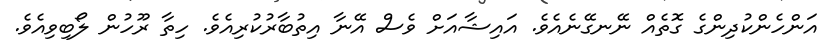
އަންހެންކުދިންގެ ގޮތެއް ނޭނގޭނެއެވެ. އައިޝާއަށް ވެސް އޭނާ އިތުބާރުކުރިއެވެ. ހިތާ ރޫހުން ލޯބިވިއެވެ.